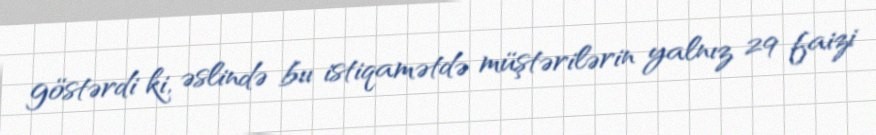
göstərdi ki, əslində bıı istiqamətdə müştərilərin yalnız 29 faizi